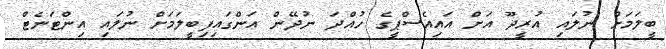
ބީލަމަށް ނުލައި އުރީދޫ އަށް އައިއެސްޕީގެ ހުއްދަ ނުދޭން އަންގައިފިބީލަމަށް ނުލައި އިންޓަނެޓް